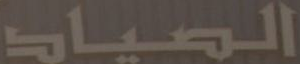
الصياد